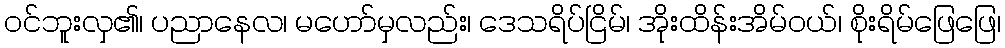
ဝင်ဘူးလှ၏၊ ပညာနေလ၊ မဟော်မှလည်း၊ ဒေသရိပ်ငြိမ်၊ အိုးထိန်းအိမ်ဝယ်၊ စိုးရိမ်ဖြေဖြေ၊